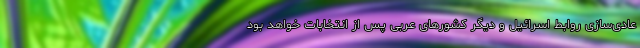
عادی‌سازی روابط اسرائیل و دیگر کشورهای عربی پس از انتخابات خواهد بود